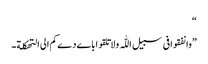
“
”وانفقوافی سبیل اللّٰہ ولاتلقواباےدےکم الی التھکلة۔